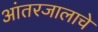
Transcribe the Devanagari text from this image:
आंतरजालाचे